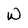
Character: W